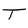
Character: T